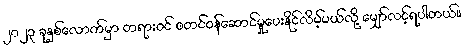
၂၀၂၃ ခုနှစ်လောက်မှာ တရားဝင် စတင်ဝန်ဆောင်မှုပေးနိုင်လိမ့်မယ်လို့ မျှော်လင့်ရပါတယ်။